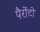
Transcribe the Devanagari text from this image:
पैरोंटो